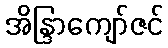
အိန္ဒြာကျော်ဇင်